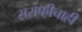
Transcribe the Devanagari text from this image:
सराफीचाही